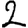
Digit: 2